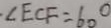
\cdot \angle E C F = 6 0 ^ { \circ }